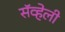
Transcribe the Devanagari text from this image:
सॅव्हेली